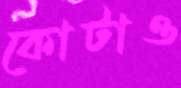
কোটাও